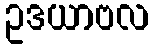
ဥဒယာဗလ